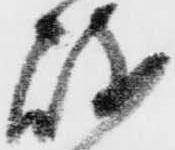
岐